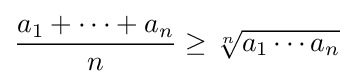
{\frac {a_{1}+\cdots +a_{n}}{n}}\geq {\sqrt[{n}]{a_{1}\cdots a_{n}}}